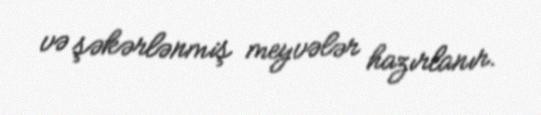
və şəkərlənmiş meyvələr hazırlanır.